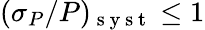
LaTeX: (\sigma_{P}/P)_{\mathrm{~s~y~s~t~}}\le 1